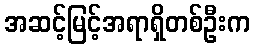
အဆင့်မြင့်အရာရှိတစ်ဦးက